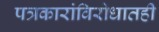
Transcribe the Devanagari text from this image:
पत्रकारांविरोधातही